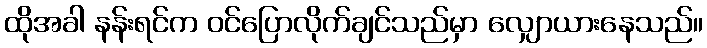
ထိုအခါ နန်းရင်က ဝင်ပြောလိုက်ချင်သည်မှာ လျှောယားနေသည်။